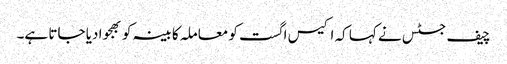
چیف جسٹس نے کہا کہ اکیس اگست کو معاملہ کابینہ کو بھجوا دیا جاتا ہے۔